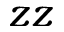
z z